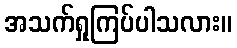
အသက်ရှုကြပ်ပါသလား။